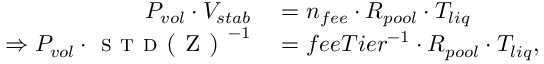
\begin{array} { r l } { P _ { v o l } \cdot V _ { s t a b } } & { { } = n _ { f e e } \cdot R _ { p o o l } \cdot T _ { l i q } } \\ { \Rightarrow P _ { v o l } \cdot \textsc { s t d ( Z ) } ^ { - 1 } } & { { } = f e e T i e r ^ { - 1 } \cdot R _ { p o o l } \cdot T _ { l i q } , } \end{array}